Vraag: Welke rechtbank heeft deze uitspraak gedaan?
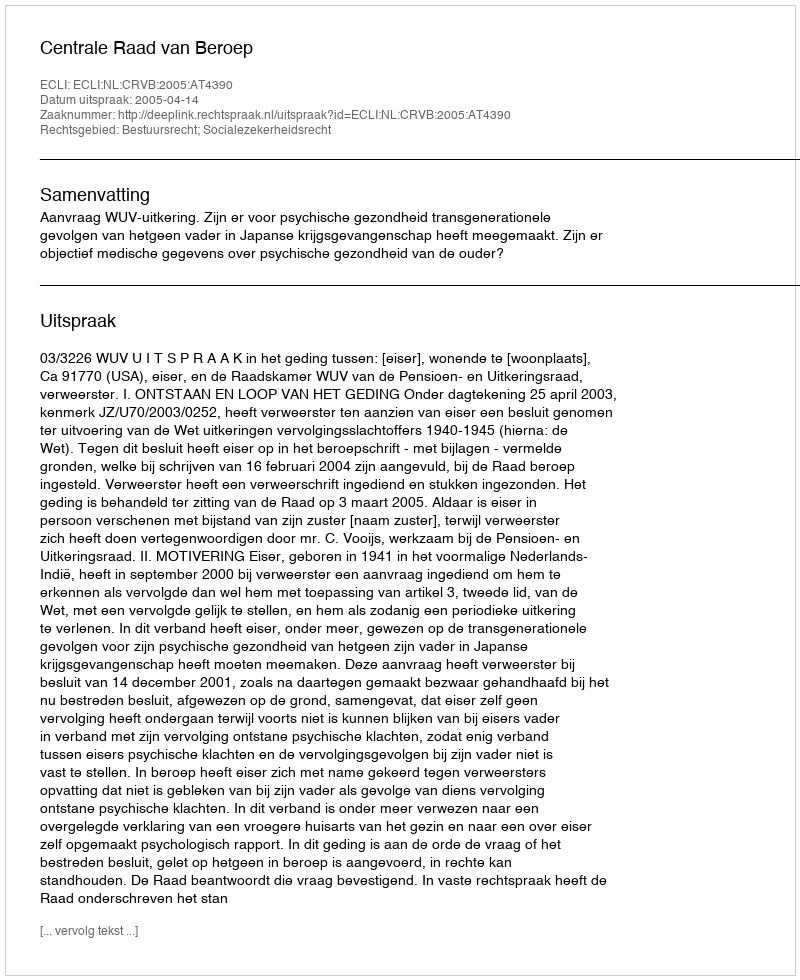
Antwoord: Centrale Raad van Beroep